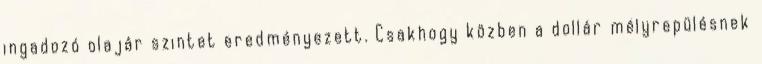
ingadozó olajár szintet eredményezett. Csakhogy közben a dollár mélyrepülésnek